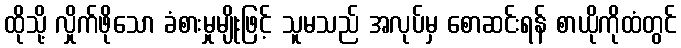
ထိုသို့ လှိုက်ဖိုသော ခံစားမှုမျိုးဖြင့် သူမသည် အလုပ်မှ စောဆင်းရန် စာယိုကိုထံတွင်